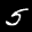
Label: 5